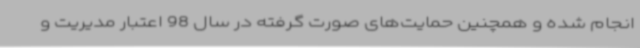
انجام شده و همچنین حمایت‌های صورت گرفته در سال 98 اعتبار مدیریت و